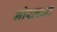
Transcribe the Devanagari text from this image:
नोरलान्ट